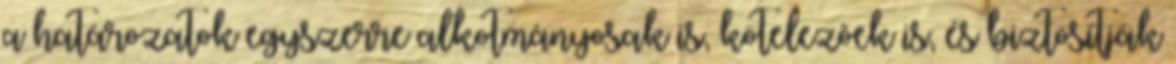
a határozatok egyszerre alkotmányosak is, kötelezõek is, és biztosítják